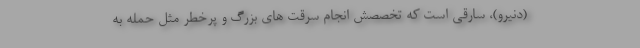
(دنیرو)، سارقی است که تخصصش انجام سرقت های بزرگ و پرخطر مثل حمله به